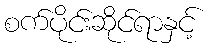
စက်ပိုင်းဆိုင်ရာနှင့်